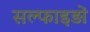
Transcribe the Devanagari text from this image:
सल्फाइड़ों